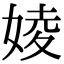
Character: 婈